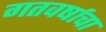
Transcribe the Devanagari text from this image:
गतवर्षाचा